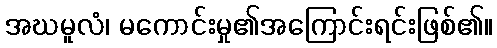
အဃမူလံ၊ မကောင်းမှု၏အကြောင်းရင်းဖြစ်၏။